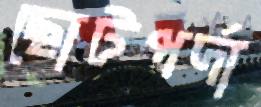
ছোটপর্দা